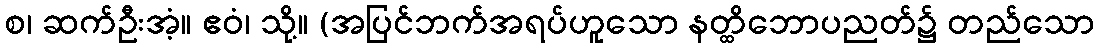
စ၊ ဆက်ဦးအံ့။ ဧဝံ၊ သို့။ (အပြင်ဘက်အရပ်ဟူသော နတ္ထိဘောပညတ်၌ တည်သော